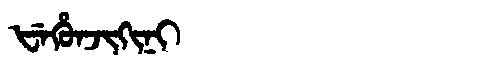
Manchu: ᡶᡝᡥᡠᠨᠵᡳᡴᡳᠨᡳ
Romanization: FEHUNJIKINI